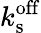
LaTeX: k_{\mathrm{s}}^{\mathrm{off}}